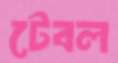
টেবল